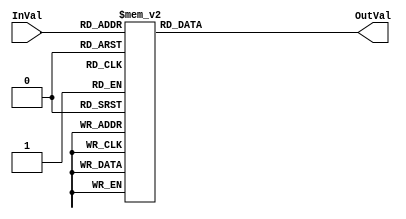
module  hex_driver (
  input      [4:0] InVal,
  output reg [7:0] OutVal
);

always @(InVal)
begin
  case (InVal)
  5'd0  : OutVal = 8'hC0;
  5'd1  : OutVal = 8'hF9;
  5'd2  : OutVal = 8'hA4;
  5'd3  : OutVal = 8'hB0;
  5'd4  : OutVal = 8'h99;
  5'd5  : OutVal = 8'h92;
  5'd6  : OutVal = 8'h82;
  5'd7  : OutVal = 8'hF8;
  5'd8  : OutVal = 8'h80;
  5'd9  : OutVal = 8'h90;
  5'd10 : OutVal = 8'h88;
  5'd11 : OutVal = 8'h83;
  5'd12 : OutVal = 8'hC6;
  5'd13 : OutVal = 8'hA1;
  5'd14 : OutVal = 8'h86;
  5'd15 : OutVal = 8'h8E;
  5'd16 : OutVal = 8'hAF; // r
  5'd17 : OutVal = 8'hA3; // g
  5'd18 : OutVal = 8'h90; // o
  default : OutVal = 8'hFF; // blank
  endcase
end

endmodule